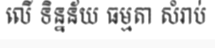
លើ ទិន្នន័យ ធម្មតា សំរាប់